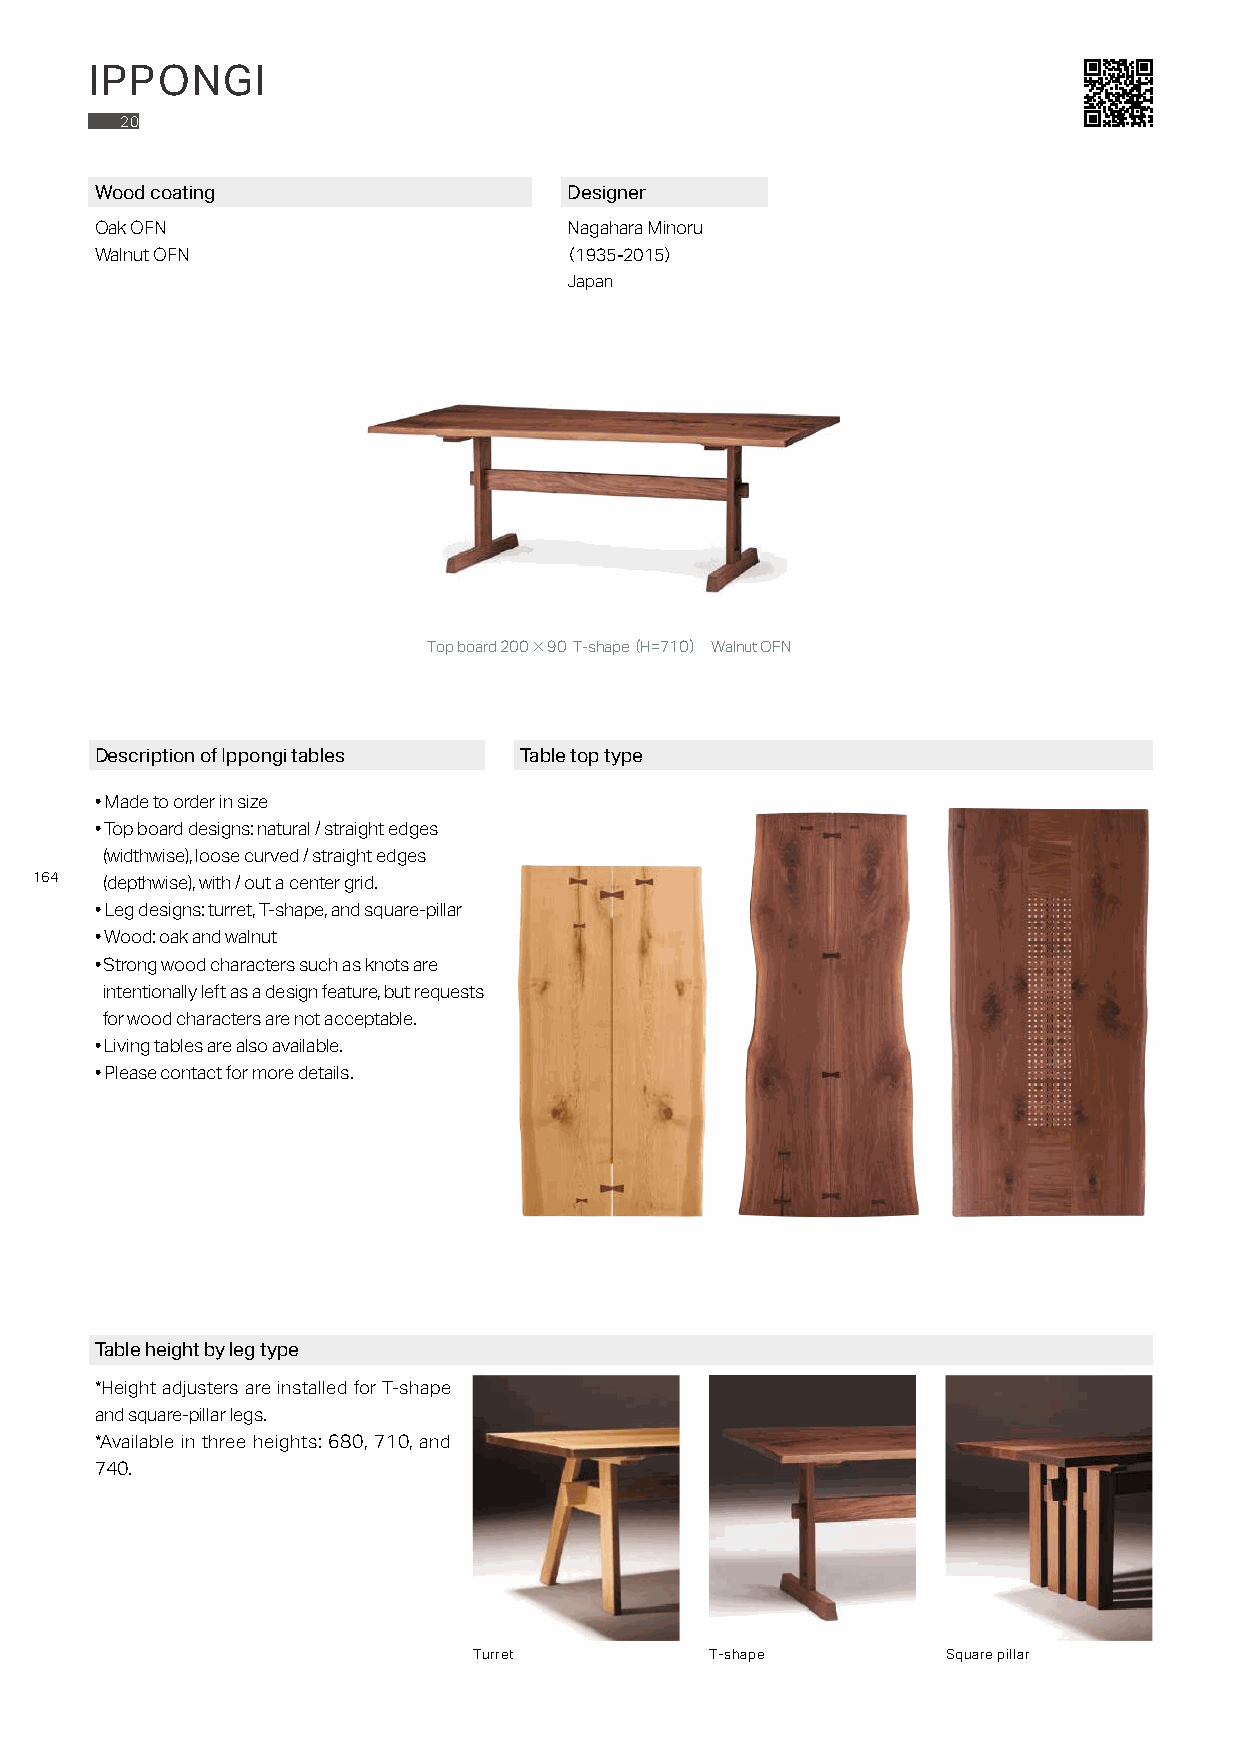
IPPONGI
 20
 Wood coating                    Designer
 Oak OFN                         Nagahara Minoru
 Walnut OFN                     （1935-2015）
 Japan
 Top board 200×90 T-shape（H=710） Walnut OFN
 Description of Ippongi tables Table top type
 • Made to order in size
 • Top board designs: natural / straight edges
 (widthwise), loose curved / straight edges
 164
 (depthwise), with / out a center grid.
 • Leg designs: turret, T-shape, and square-pillar
 • Wood: oak and walnut
 • Strong wood characters such as knots are
 intentionally left as a design feature, but requests
 for wood characters are not acceptable.
 • Living tables are also available.
 • Please contact for more details.
 Table height by leg type
 *Height adjusters are installed for T-shape
 and square-pillar legs.
 *Available in three heights: 680, 710, and
 740.
 Turret          T-shape         Square pillar